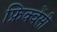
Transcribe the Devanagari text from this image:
फ्रिक्‍वेंसी